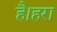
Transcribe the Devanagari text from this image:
है।हरा